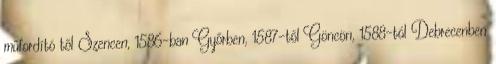
műfordító től Szencen, 1586-ban Győrben, 1587-től Göncön, 1588-tól Debrecenben